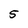
Character: 5